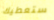
ستعطيك